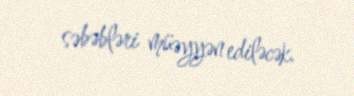
səbəbləri müəyyən ediləcək.